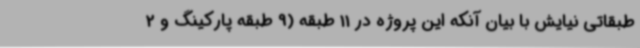
طبقاتی نیایش با بیان آنکه این پروژه در 11 طبقه (9 طبقه پارکینگ و 2